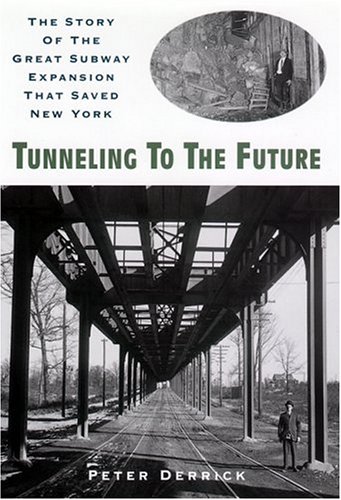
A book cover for Tunneling to the Future: The Story of the Great Subway Expansion That Saved New York; Peter Derrick; Engineering & Transportation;